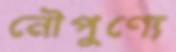
নৌপুণ্যে